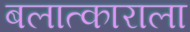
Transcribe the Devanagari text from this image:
बलात्‍काराला